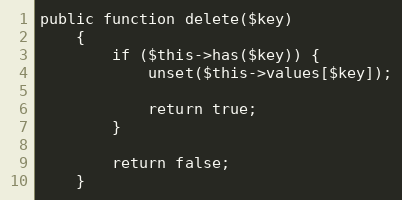
Language: PHP
public function delete($key)
    {
        if ($this->has($key)) {
            unset($this->values[$key]);

            return true;
        }

        return false;
    }